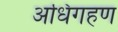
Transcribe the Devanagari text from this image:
अधिगहण